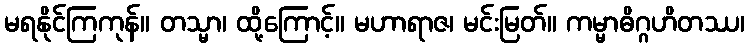
မရနိုင်ကြကုန်။ တသ္မာ၊ ထို့ကြောင့်။ မဟာရာဇ၊ မင်းမြတ်။ ကမ္မာဓိဂ္ဂဟိတဿ၊